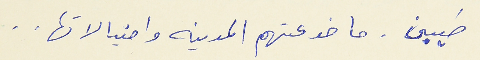
طيبين . ما خدعتهم المدينه واحتيالاتها . .